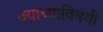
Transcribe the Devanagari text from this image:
ज्याच्याविषयी